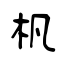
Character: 杋